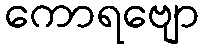
ကောရဗျော